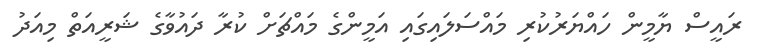
ރައީސް ޔާމީން ހައްޔަރުކުރި މައްސަލައިގައި އަމީންގެ މައްޗަށް ކުރާ ދައުވާގެ ޝަރީއަތް މިއަދު